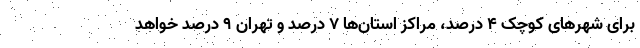
برای شهرهای کوچک 4 درصد، مراکز استان‌ها 7 درصد و تهران 9 درصد خواهد